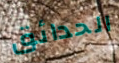
الحدائق